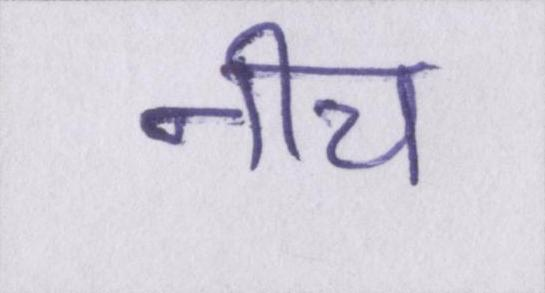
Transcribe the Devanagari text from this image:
नीच